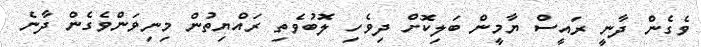
ވެގެން ދާނީ ރައީސް ޔާމީން ބަލިކޮށް ދިވެހި ލޮބުވެތި ރައްޔިތުން މިނިވަންވެގެން ދާނެ